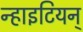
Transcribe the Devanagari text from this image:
न्हाइटियन्